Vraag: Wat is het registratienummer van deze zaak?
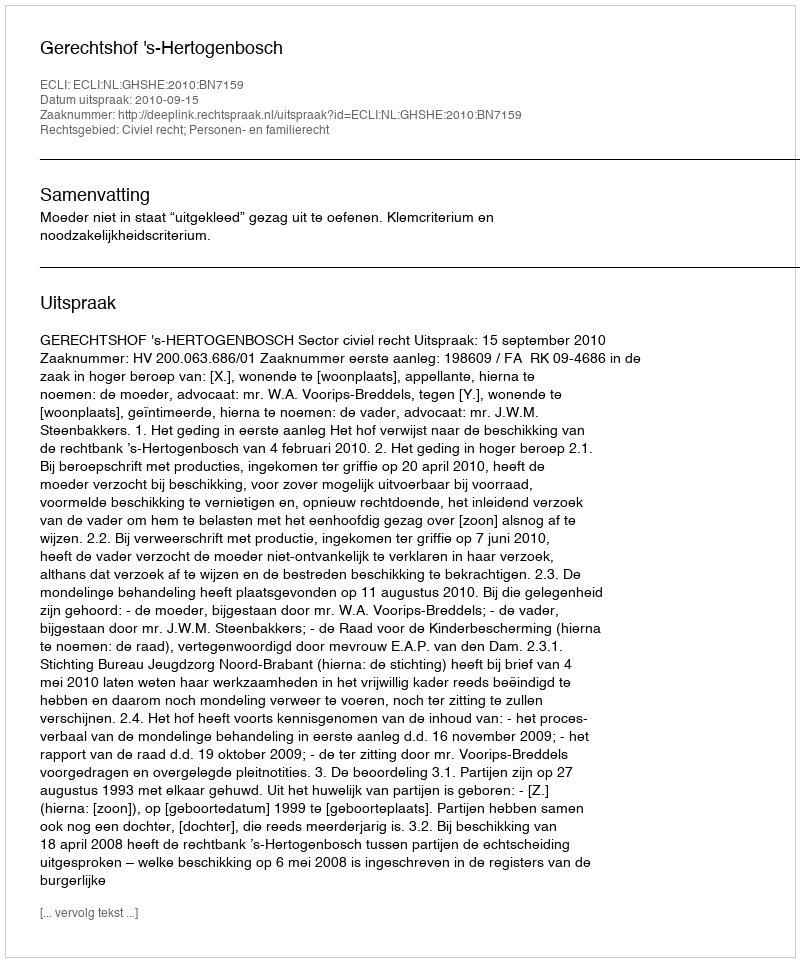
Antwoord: http://deeplink.rechtspraak.nl/uitspraak?id=ECLI:NL:GHSHE:2010:BN7159